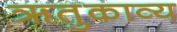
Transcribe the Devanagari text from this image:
ॠतुकाव्य